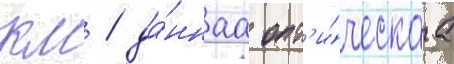
км / да́ннаа опт'и́ческаа